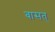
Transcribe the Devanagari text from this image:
बासत्